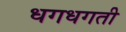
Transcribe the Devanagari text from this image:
धगधगती